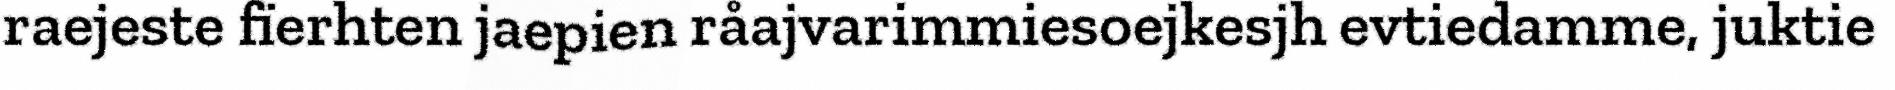
raejeste fïerhten jaepien råajvarimmiesoejkesjh evtiedamme, juktie